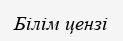
Білім цензі